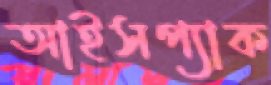
আইসপ্যাক